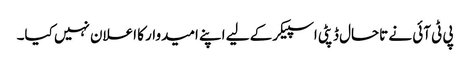
پی ٹی آئی نے تاحال ڈپٹی اسپیکر کے لیے اپنے امیدوار کا اعلان نہیں کیا۔